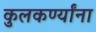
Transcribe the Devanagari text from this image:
कुलकर्ण्यांना